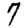
Digit: 7